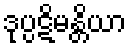
ဒုပ္ပဋိမန္တိယာ